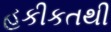
હકીકતથી